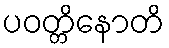
ပဝတ္တိနောတိ